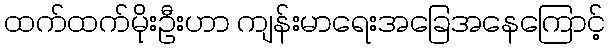
ထက်ထက်မိုးဦးဟာ ကျန်းမာရေးအခြေအနေကြောင့်